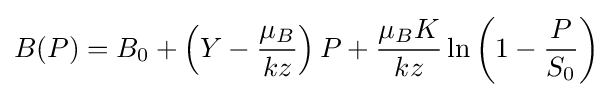
B(P)=B_{0}+\left(Y-{\frac {\mu _{B}}{kz}}\right)P+{\frac {\mu _{B}K}{kz}}\ln \left(1-{\frac {P}{S_{0}}}\right)